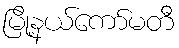
မြို့နယ်ကော်မတီ